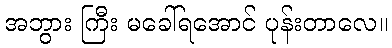
အဘွား ကြီး မခေါ်ရအောင် ပုန်းတာလေ။